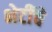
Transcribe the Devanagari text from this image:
भेटींचे